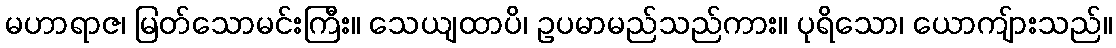
မဟာရာဇ၊ မြတ်သောမင်းကြီး။ သေယျထာပိ၊ ဥပမာမည်သည်ကား။ ပုရိသော၊ ယောကျ်ားသည်။